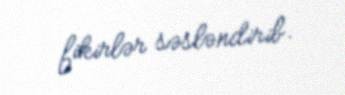
fikirlər səsləndirib.